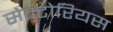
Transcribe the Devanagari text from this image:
सेक्टोरियस